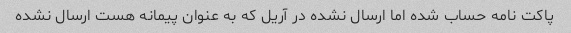
پاکت نامه حساب شده اما ارسال نشده در آریل که به عنوان پیمانه هست ارسال نشده